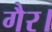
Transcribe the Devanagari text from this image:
गैर।